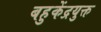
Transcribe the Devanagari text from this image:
बहुकेंद्रयुक्त